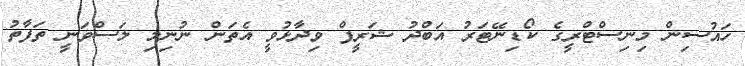
ހައުސިން މިނިސްޓްރީގެ ކޯޑިނޭޓަރު އަބްދު ޝަރީފް ވިދާޅުވީ އެތަން ނުނިމި ލަސްވަނީ ތަފާތު